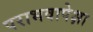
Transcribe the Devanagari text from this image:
पराभवापेक्षा